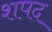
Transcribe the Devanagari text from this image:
शपद